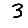
Digit: 3